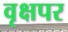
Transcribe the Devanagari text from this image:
वृक्षपर